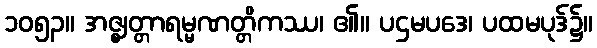
၁၀၅၃။ အဇ္ဈတ္တာရမ္မဏတ္တိကဿ၊ ၏။ ပဌမပဒေ၊ ပထမပုဒ်၌။